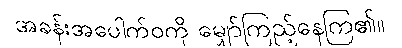
အခန်းအပေါက်ဝကို မျှော်ကြည့်နေကြ၏။